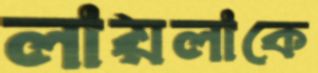
লায়লাকে